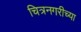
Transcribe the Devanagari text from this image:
चित्रनगरीच्या